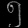
Digit: ၅